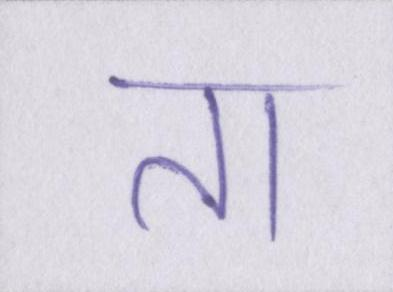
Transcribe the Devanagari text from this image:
ता